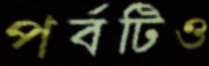
পর্বটিও